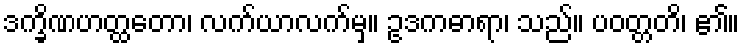
ဒက္ခိဏဟတ္ထတော၊ လက်ယာလက်မှ။ ဥဒကဓာရာ၊ သည်။ ပဝတ္တတိ၊ ၏။